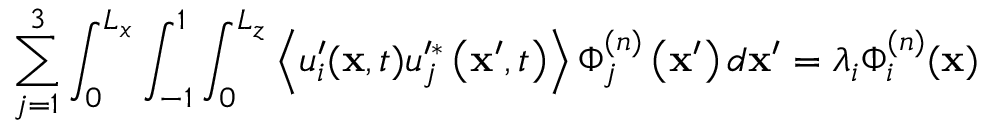
\sum _ { j = 1 } ^ { 3 } \int _ { 0 } ^ { L _ { x } } \int _ { - 1 } ^ { 1 } \int _ { 0 } ^ { L _ { z } } \left\langle u _ { i } ^ { \prime } ( \mathbf { x } , t ) u _ { j } ^ { \prime * } \left( \mathbf { x } ^ { \prime } , t \right) \right\rangle \Phi _ { j } ^ { ( n ) } \left( \mathbf { x } ^ { \prime } \right) d \mathbf { x } ^ { \prime } = \lambda _ { i } \Phi _ { i } ^ { ( n ) } ( \mathbf { x } )